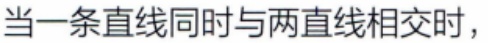
当一条直线同时与两直线相交时，